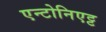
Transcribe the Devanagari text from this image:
एन्टोनिएट्ट